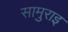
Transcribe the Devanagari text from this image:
सामुराइ